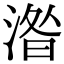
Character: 𣸄